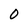
Character: 0